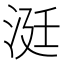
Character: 涏